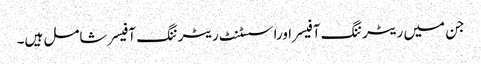
جن میں ریٹرننگ آفیسراوراسسٹنٹ ریٹرننگ آفیسر شامل ہیں۔